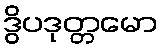
ဒွိပဒုတ္တမော